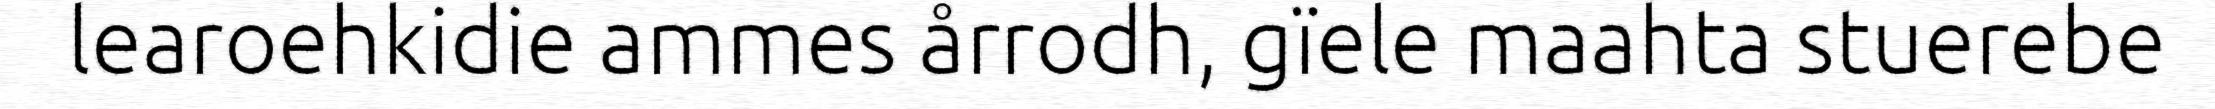
learoehkidie ammes årrodh, gïele maahta stuerebe